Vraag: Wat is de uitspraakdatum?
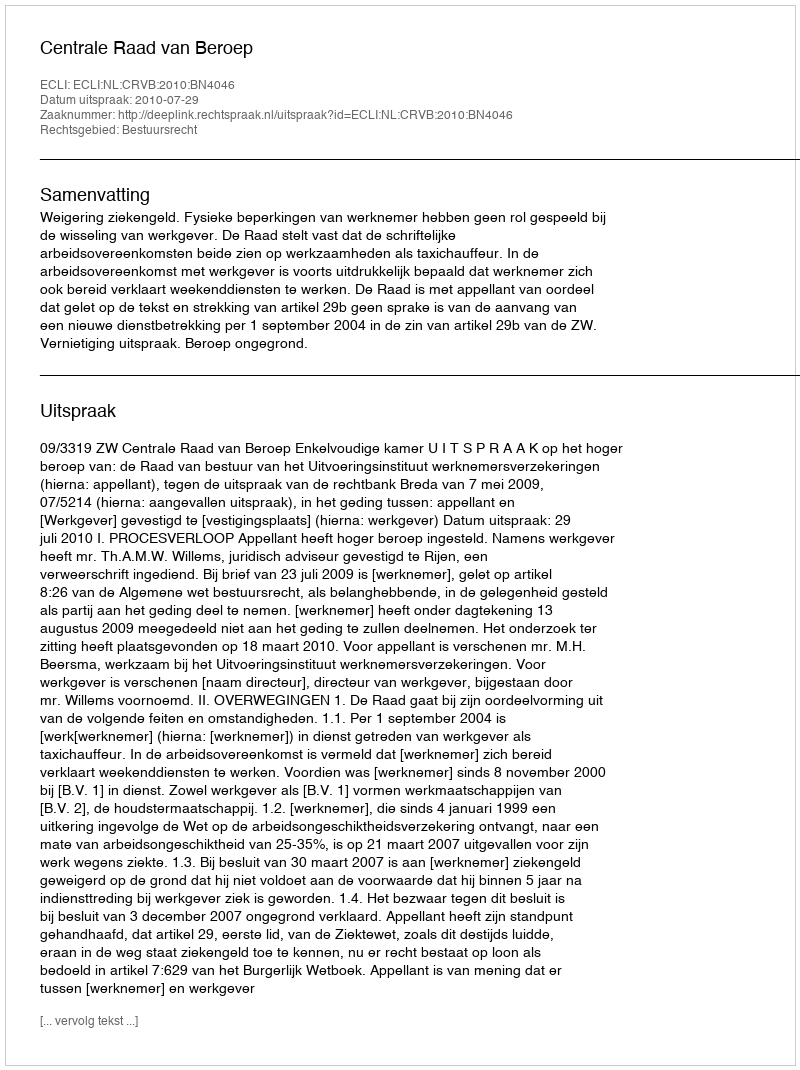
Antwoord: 2010-07-29